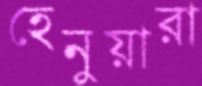
হেনুয়ারা